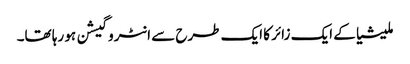
ملیشیا کے ایک زائر کا ایک طرح سے انٹروگیشن ہو رہا تھا۔